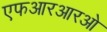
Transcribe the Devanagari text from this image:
एफआरआरओ